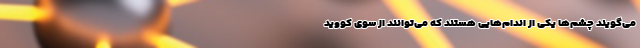
می‌گویند چشم‌ها یکی از اندام‌هایی هستند که می‌توانند از سوی کووید